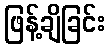
ဖြန့်ချိခြင်း